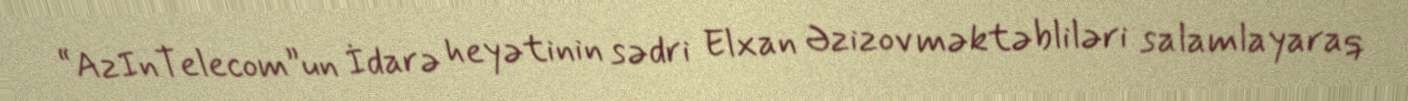
“AzInTelecom”un İdarə heyətinin sədri Elxan Əzizov məktəbliləri salamlayaraq